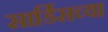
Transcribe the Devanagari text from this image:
सार्डिसच्या